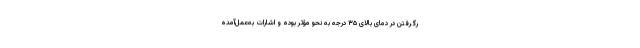
رگرفتن در دمای بالای ۳۵ درجه به‌ نحو مؤثر بوده و اشارات به‌عمل‌آمده